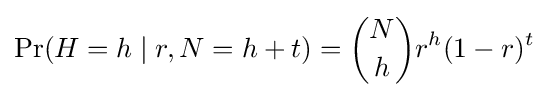
\Pr(H=h\mid r,N=h+t)={N \choose h}r^{h}(1-r)^{t}